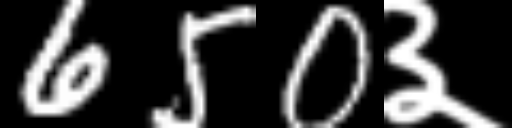
Text: 650३